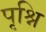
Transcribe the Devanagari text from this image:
पृश्नि